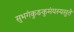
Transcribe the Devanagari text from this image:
सुभगंकुङकुमंयस्यसुते